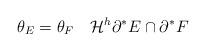
LaTeX: \begin{align*}\theta_E=\theta_F\quad\mathcal H^h\partial^*E\cap\partial^*F\end{align*}